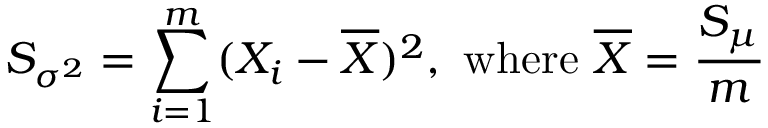
S _ { \sigma ^ { 2 } } = \sum _ { i = 1 } ^ { m } ( X _ { i } - { \overline { { X } } } ) ^ { 2 } , { \mathrm { ~ w h e r e ~ } } { \overline { { X } } } = { \frac { S _ { \mu } } { m } }